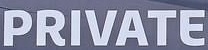
PRIVATE